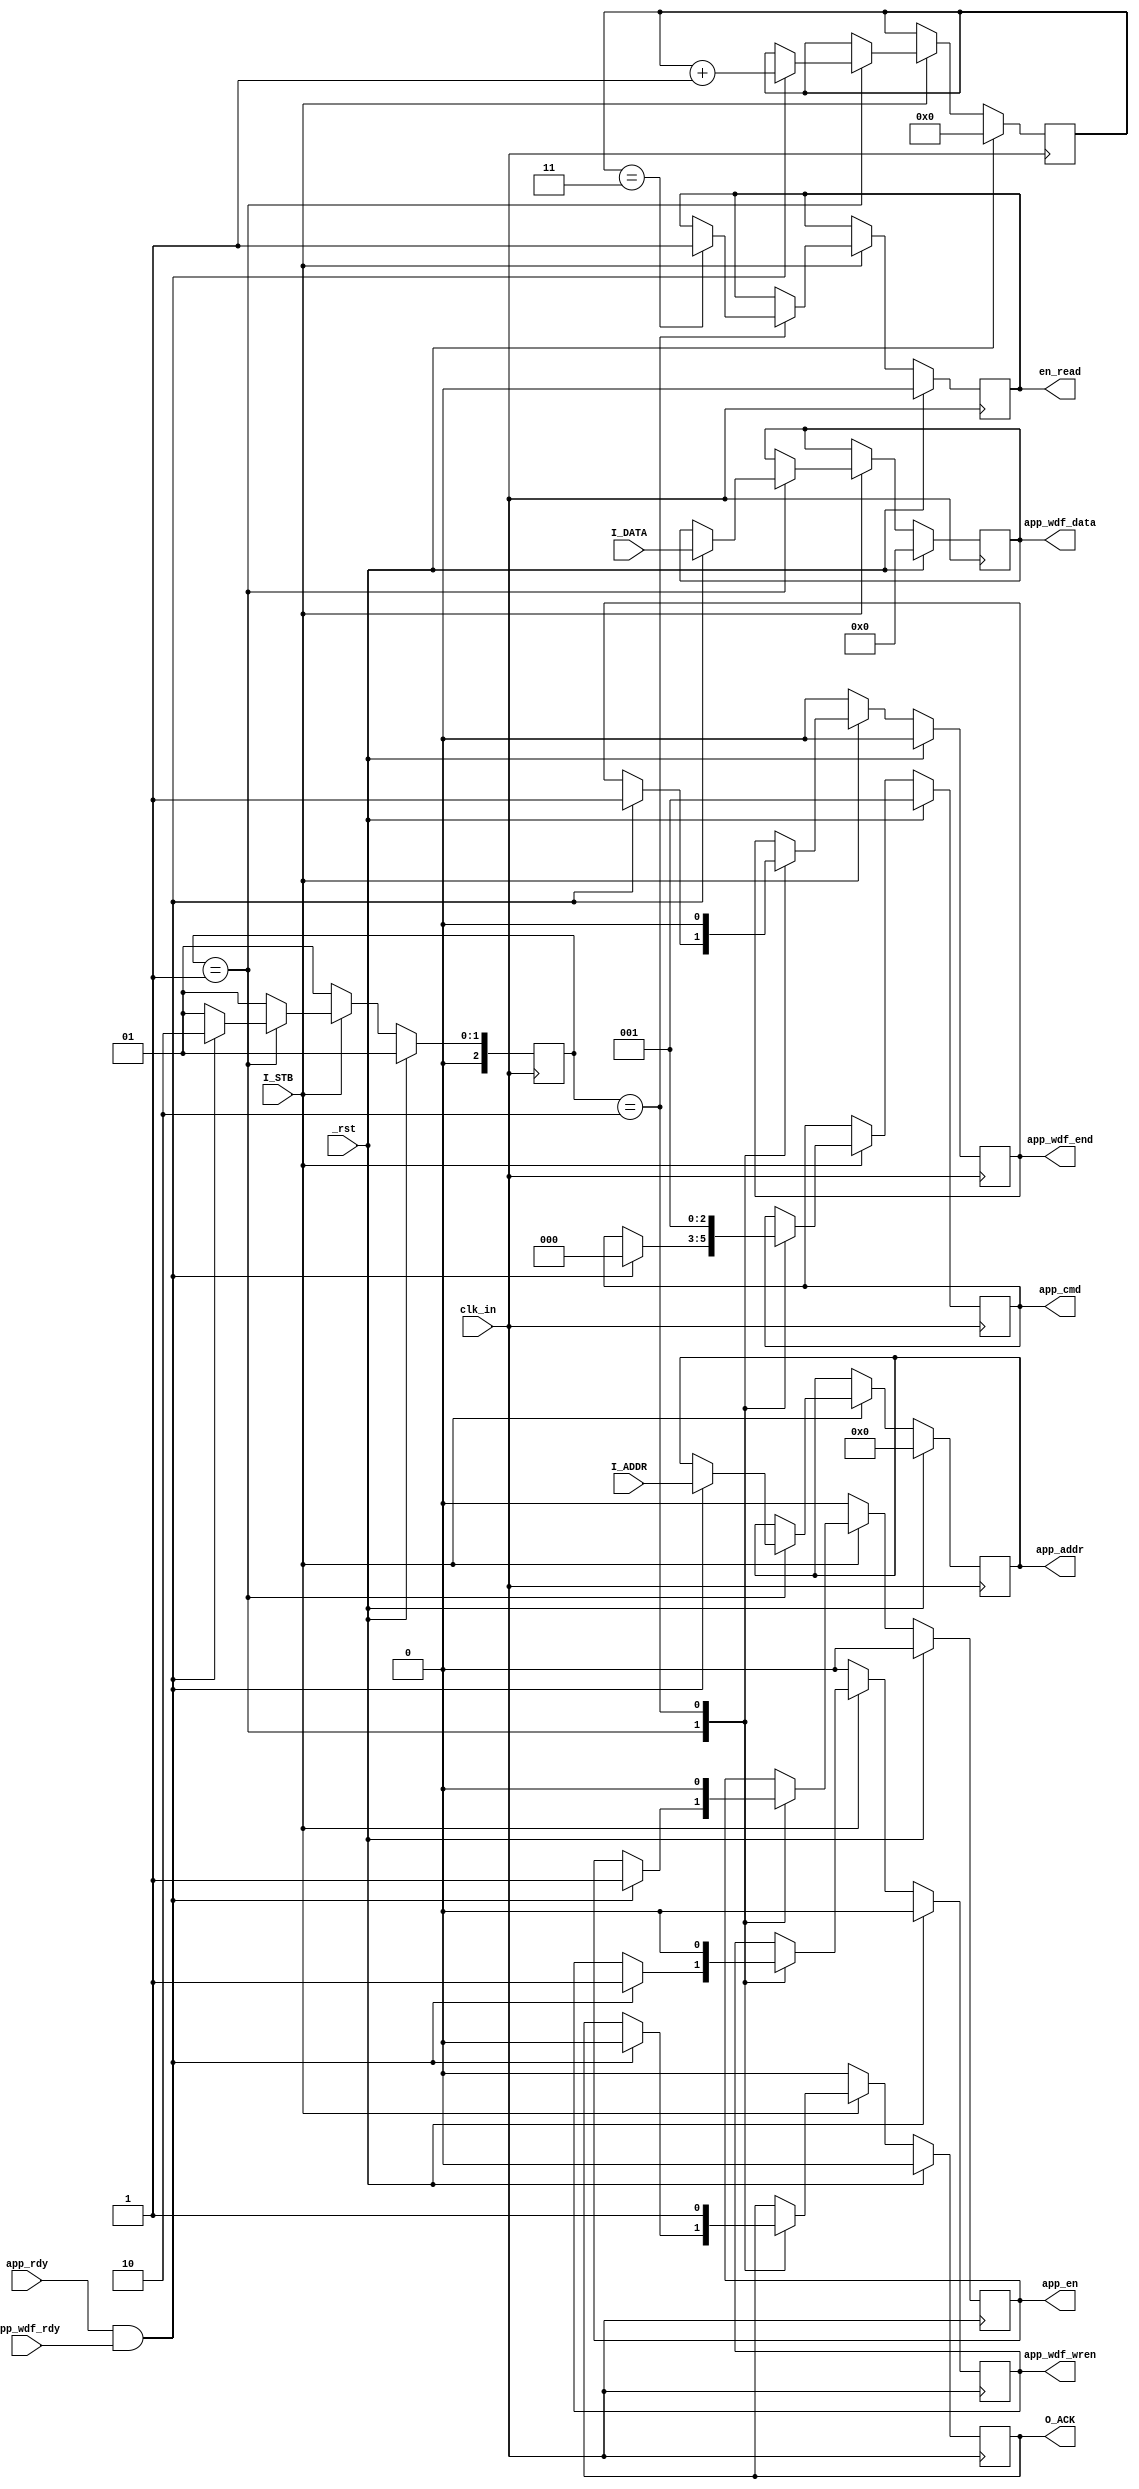

//-----------------------------------------------------------------------------------------------------------------
//ddr2_write_control-----------------------------------------------------------------------------------------------
module ddr2_write_control(
   clk_in,
   _rst,
   I_ADDR,
   I_DATA,
   I_STB,
    O_ACK,
    en_read,
//mig
    app_en,
    app_wdf_wren,
    app_wdf_end,
    app_cmd,
    app_addr,
    app_wdf_data,
    app_rdy,
    app_wdf_rdy
    );

    parameter DQ_WIDTH          = 16;
    parameter ECC_TEST          = "OFF";
    parameter ADDR_WIDTH        = 27;
    parameter nCK_PER_CLK       = 4;

    localparam DATA_WIDTH       = 16;
    localparam PAYLOAD_WIDTH    = (ECC_TEST == "OFF") ? DATA_WIDTH : DQ_WIDTH;
    localparam APP_DATA_WIDTH   = 2 * nCK_PER_CLK * PAYLOAD_WIDTH;  //8
    localparam APP_MASK_WIDTH   = APP_DATA_WIDTH / 8;

    input clk_in;
    input _rst;  
    input I_STB;    //
    output reg O_ACK;   
    output reg en_read;
    input [26:0] I_ADDR;    //
    input [127:0] I_DATA;  //
   
    
    output reg [ADDR_WIDTH-1:0] app_addr;
    output reg [APP_DATA_WIDTH-1:0] app_wdf_data;
    input app_rdy, app_wdf_rdy;
    output reg app_en, app_wdf_wren, app_wdf_end;
    output reg [2:0] app_cmd;
   

    //
    //----------FSM--------
    reg [2:0] c_state;

    parameter S_IDLE = 3'b001;
    parameter S_WRITE = 3'b010;

    reg [3:0] write_cnt;


    always @(posedge clk_in)
    begin
        if(_rst) 
        begin
            app_cmd <= 3'b1;
            app_en <= 1'b0;
            app_wdf_data <= 128'h0;
            app_addr <= 27'h0;
            app_wdf_end <= 1'b0;
            app_wdf_wren <= 1'b0;
            write_cnt <= 0;
            en_read <= 0;
            O_ACK <= 0;
            c_state <= S_IDLE;
        end
        else if(I_STB) 
        begin
            case(c_state)
                S_IDLE:
                begin
                    if(app_rdy & app_wdf_rdy) 
                    begin
                        app_wdf_data <= I_DATA;
                        app_cmd <= 3'b0;
                        app_en <= 1'b1;
                        app_addr <= I_ADDR;
                        app_wdf_wren <= 1'b1;
                        app_wdf_end <= 1'b1;
                        O_ACK <= 0;  //
                        write_cnt <= write_cnt + 1;
                        c_state <= S_WRITE;
                                         
                    end
                    else 
                        c_state <= S_IDLE; 
                end
                S_WRITE:
                begin
                    O_ACK <= 1;
                    app_wdf_wren <= 1'b0;
                    app_wdf_end <= 0;
                    app_en <= 1'b0;
                    app_cmd <= 3'b1;
                    
                    if(write_cnt == 3)
                    begin
                        en_read <= 1;
                    end
                    c_state <= S_IDLE;
                end
                default:c_state <= S_IDLE;
            endcase
        end
        else 
        begin
            app_wdf_wren <= 0;
            app_wdf_end <= 0;
            O_ACK <= 0;
            app_en <= 0;
           
            c_state <= S_IDLE;
        end
    end


endmodule
//done